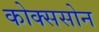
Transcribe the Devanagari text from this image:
कोक्ससोन